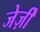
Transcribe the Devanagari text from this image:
जेर्ज़ी